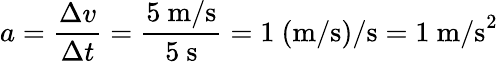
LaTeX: a={\frac{\Delta v}{\Delta t}}={\frac{5{\mathrm{~m/s}}}{5{\mathrm{~s}}}}=1{\mathrm{~(m/s)/s}}=1{\mathrm{~m/s}}^{2}